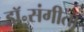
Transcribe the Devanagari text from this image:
डॉ॰संगीता